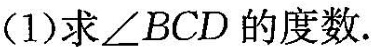
(1)求\angle BCD的度数。